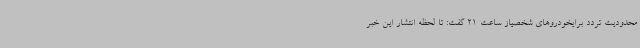
محدودیت تردد برایخودروهای شخصیاز ساعت 21 گفت: تا لحظه انتشار این خبر